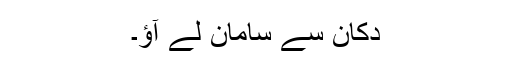
دکان سے سامان لے آؤ۔